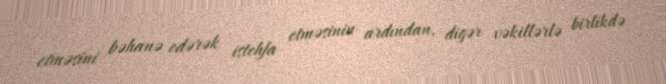
etməsini bəhanə edərək istehfa etməsinin ardından, digər vəkillərlə birlikdə